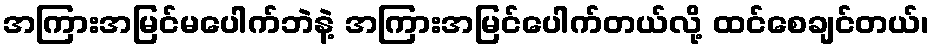
အကြားအမြင်မပေါက်ဘဲနဲ့ အကြားအမြင်ပေါက်တယ်လို့ ထင်စေချင်တယ်၊